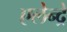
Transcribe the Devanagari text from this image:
एलेन्द्रे